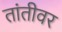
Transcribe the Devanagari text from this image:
तांतीवर